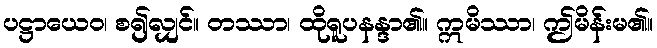
ပဋ္ဌာယေဝ၊ စ၍လျှင်။ တဿာ၊ ထိုရူပနန္ဒာ၏။ ဣမိဿာ၊ ဤမိန်းမ၏။